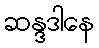
ဆန္ဒဒါနေ